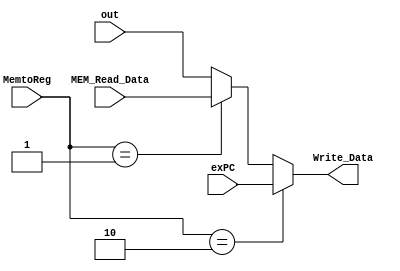
`timescale 1ns / 1ps
module MemtoReg_MUX(MemtoReg, exPC, MEM_Read_Data, out, Write_Data);
//input signals
input wire [1:0] MemtoReg;
input wire [31:0] exPC;
input wire [31:0] MEM_Read_Data;
input wire [31:0] out;

//output signals
output wire [31:0] Write_Data;

assign Write_Data = (MemtoReg == 2'b10) ? exPC : (MemtoReg == 2'b01) ? MEM_Read_Data : out;

endmodule